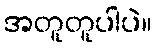
အတူတူပါပဲ။